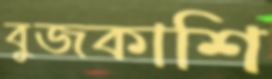
বুজকাশি